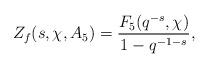
LaTeX: \begin{align*}Z_f(s, \chi, A_5)=\dfrac{F_5(q^{-s}, \chi)}{1-q^{-1-s}},\end{align*}